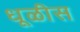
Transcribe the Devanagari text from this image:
धूळीस